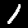
Digit: 1